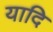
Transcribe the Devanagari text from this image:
यादि